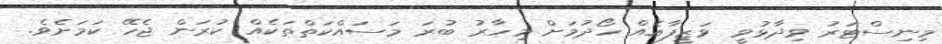
މިނިސްޓަރު ވިދާޅުވީ ވަޒީފާއެއް ހޯދުމަށް މިހާރު ބުރަ މަސައްކަތްތަކެއް ކުރަން ޖެހޭ ކަމަށެވެ.